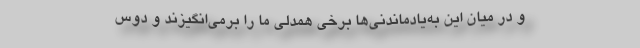
و در میان این به‌یادماندنی‌ها برخی همدلی ما را برمی‌انگیزند و دوس